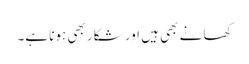
کھانے بھی ہیں اور شکار بھی ہونا ہے۔